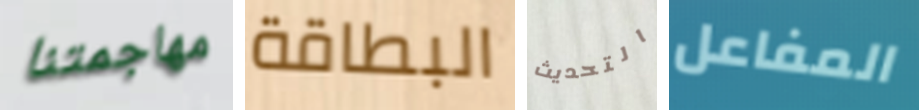
مهاجمتنا البطاقة التحديث المفاعل